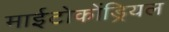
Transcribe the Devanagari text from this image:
माईटोकोंड्रियल